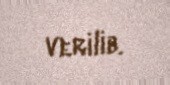
verilib.